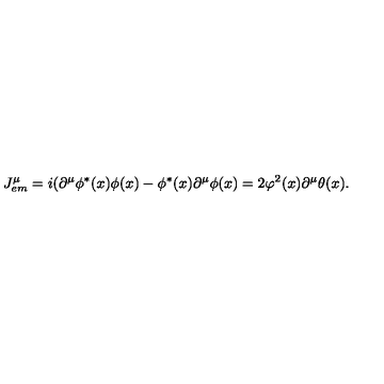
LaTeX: J _ { e m } ^ { \mu } = i ( \partial ^ { \mu } \phi ^ { * } ( x ) \phi ( x ) - \phi ^ { * } ( x ) \partial ^ { \mu } \phi ( x ) = 2 \varphi ^ { 2 } ( x ) \partial ^ { \mu } \theta ( x ) .